Civil Veterinary Department Bihar reports 1936-40 - 1936-1940
Year: 1936
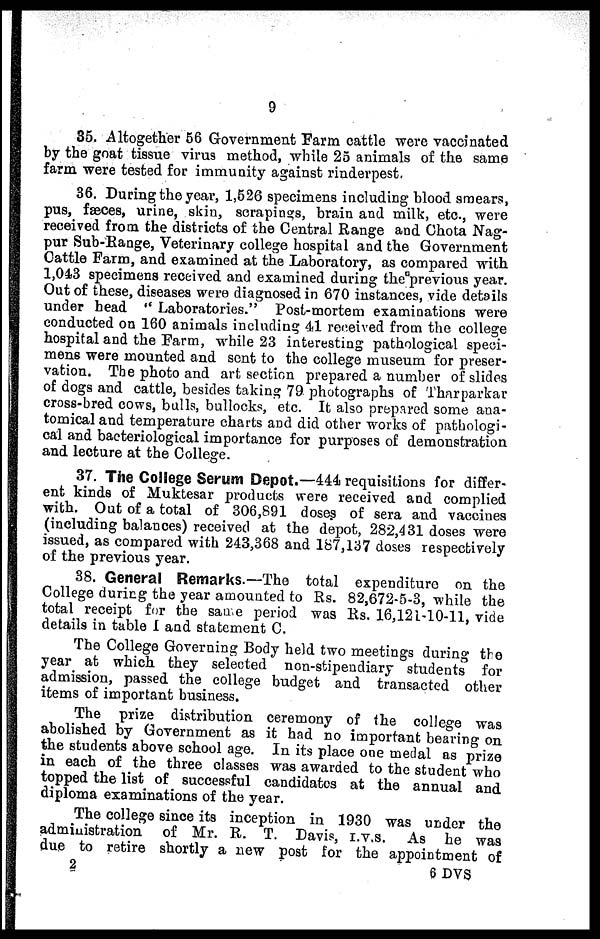
9
35. Altogether 56 Government Farm cattle were vaccinated
by the goat tissue virus method, while 25 animals of the same
farm were tested for immunity against rinderpest.
36. During the year, 1,526 specimens including blood smears,
pus, fæces, urine, skin, scrapings, brain and milk, etc., were
received from the districts of the Central Range and Chota Nag-
pur Sub-Range, Veterinary college hospital and the Government
Cattle Farm, and examined at the Laboratory, as compared with
1,043 specimens received and examined during the previous year.
Out of these, diseases were diagnosed in 670 instances, vide details
under head "Laboratories." Post-mortem examinations were
conducted on 160 animals including 41 received from the college
hospital and the Farm, while 23 interesting pathological speci-
mens were mounted and sent to the college museum for preser-
vation. The photo and art section prepared a number of slides
of dogs and cattle, besides taking 79 photographs of Tharparkar
cross-bred cows, bulls, bullocks, etc. It also prepared some ana-
tomical and temperature charts and did other works of pathologi-
cal and bacteriological importance for purposes of demonstration
and lecture at the College.
37. The College Serum Depot.—444 requisitions for differ-
ent kinds of Muktesar products were received and complied
with. Out of a total of 306,891 doses of sera and vaccines
(including balances) received at the depot, 282,431 doses were
issued, as compared with 243,368 and 187,137 doses respectively
of the previous year.
38. General Remarks.—The total expendituro on the
College during the year amounted to Rs. 82,672-5-3, while the
total receipt for the sane period was Rs. 16,121-10-11, vide
details in table 1 and statement C.
The College Governing Body held two meetings during the
year at which they selected non-stipendiary students for
admission, passed the college budget and transacted other
items of important business.
The prize distribution ceremony of the college was
abolished by Government as it had no important bearing on
the students above school age. In its place one medal as prize
in each of the three classes was awarded to the student who
topped the list of successful candidates at the annual and
diploma examinations of the year.
The college since its inception in 1930 was under the
administration of Mr. R. T. Davis, I.V.S. As he was
due to retire shortly a new post for the appointment of
2
6 DVS